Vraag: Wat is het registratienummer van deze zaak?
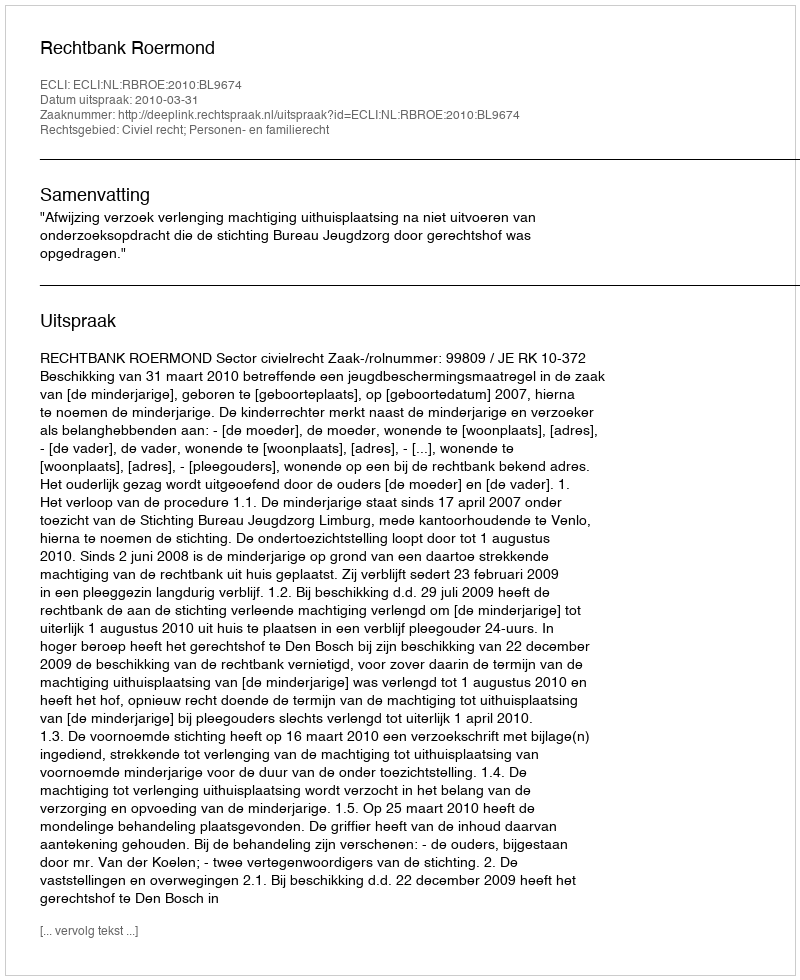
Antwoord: http://deeplink.rechtspraak.nl/uitspraak?id=ECLI:NL:RBROE:2010:BL9674